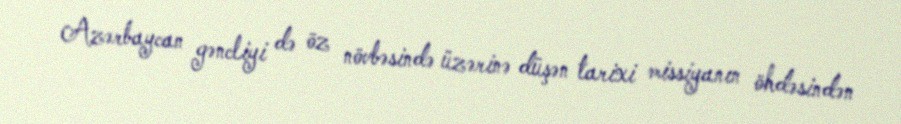
Azərbaycan gəncliyi də öz növbəsində üzərinə düşən tarixi missiyanın öhdəsindən